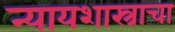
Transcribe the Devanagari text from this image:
न्यायशास्त्राचा